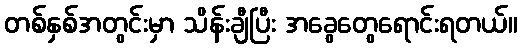
တစ်နှစ်အတွင်းမှာ သိန်းချီပြီး အခွေတွေရောင်းရတယ်။